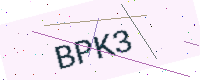
Text: BPK3